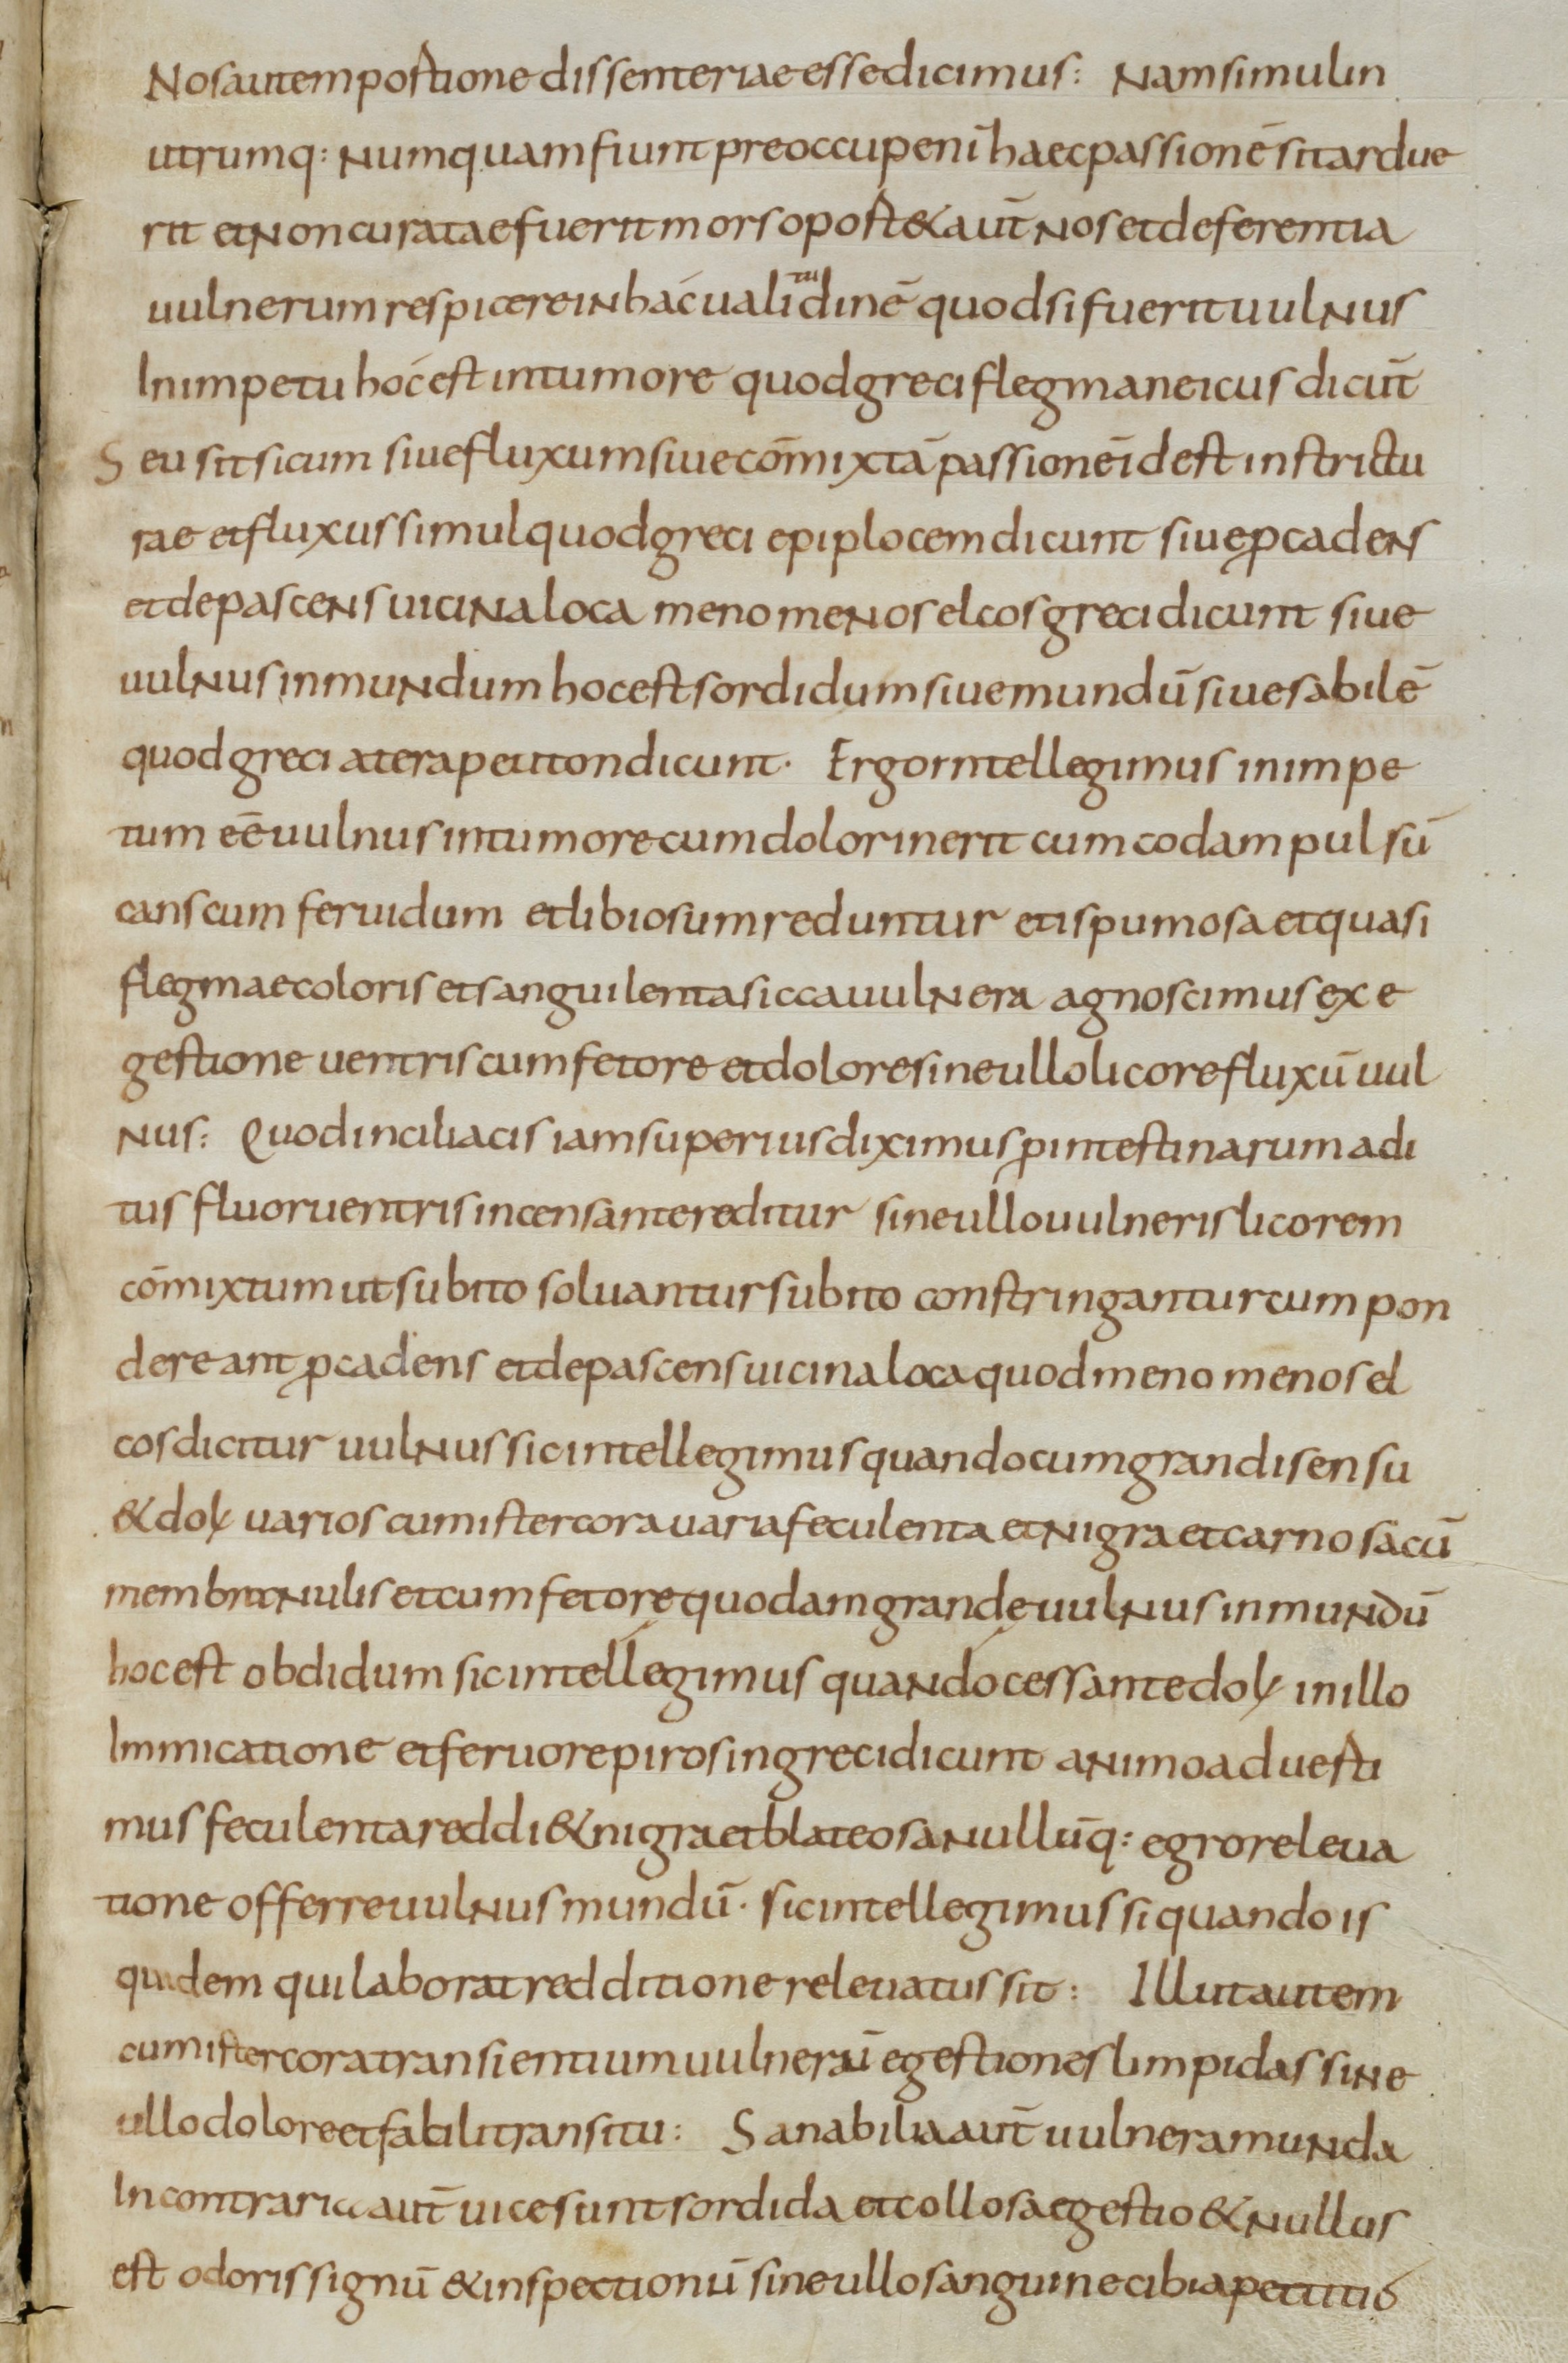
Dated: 800–899